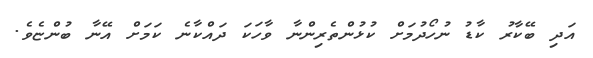
އަދި ބޭކާރު ކާޑު ނުހޯދުމަށް ކުޅުންތެރިންނާ ވާހަކަ ދައްކާނެ ކަމަށް އޭނާ ބުންޏެވެ.